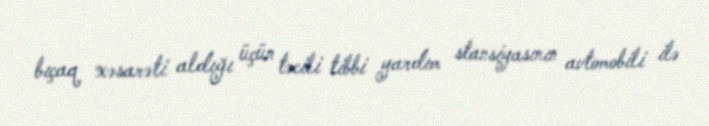
bıçaq xəsarəti aldığı üçün təcili tibbi yardım stansiyasının avtomobili ilə